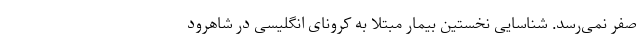
صفر نمی‌رسد. شناسایی نخستین بیمار مبتلا به کرونای انگلیسی در شاهرود